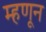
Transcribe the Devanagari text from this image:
म्हणून